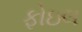
ફોઇલ